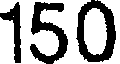
150